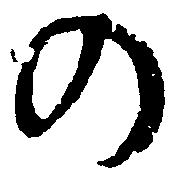
の